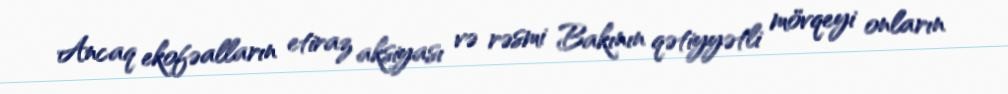
Ancaq ekofəalların etiraz aksiyası və rəsmi Bakının qətiyyətli mövqeyi onların